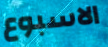
الاسبوع